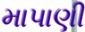
માપાણી